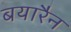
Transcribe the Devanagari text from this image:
बयारैन